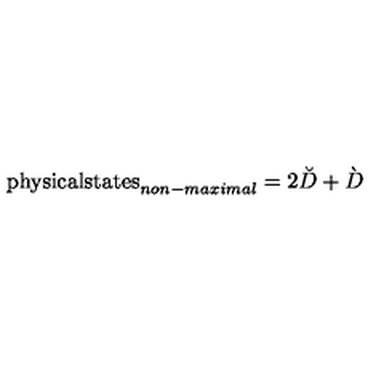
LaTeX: \mathrm { p h y s i c a l s t a t e s } _ { n o n - m a x i m a l } = 2 \breve { D } + \grave { D }